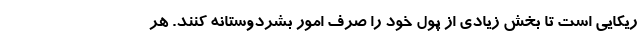
ریکایی است تا بخش زیادی از پول خود را صرف امور بشردوستانه کنند. هر